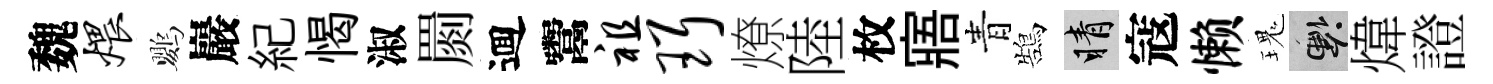
魏煨鸚巖紀愒淑罽逥鬻祖珥燎陸枚寤青鵠睛寇懒瑰懸煒證